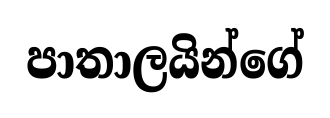
පාතාලයින්ගේ